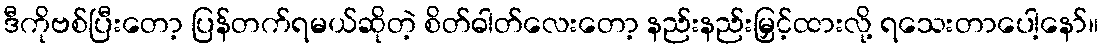
ဒီကိုဗစ်ပြီးတော့ ပြန်တက်ရမယ်ဆိုတဲ့ စိတ်ဓါတ်လေးတော့ နည်းနည်းမြှင့်ထားလို့ ရသေးတာပေါ့နော်။